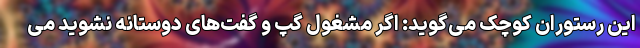
این رستوران کوچک می‌گوید: اگر مشغول گپ و گفت‌های دوستانه نشوید می